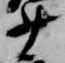
少